Report on lock hospitals in British Burma
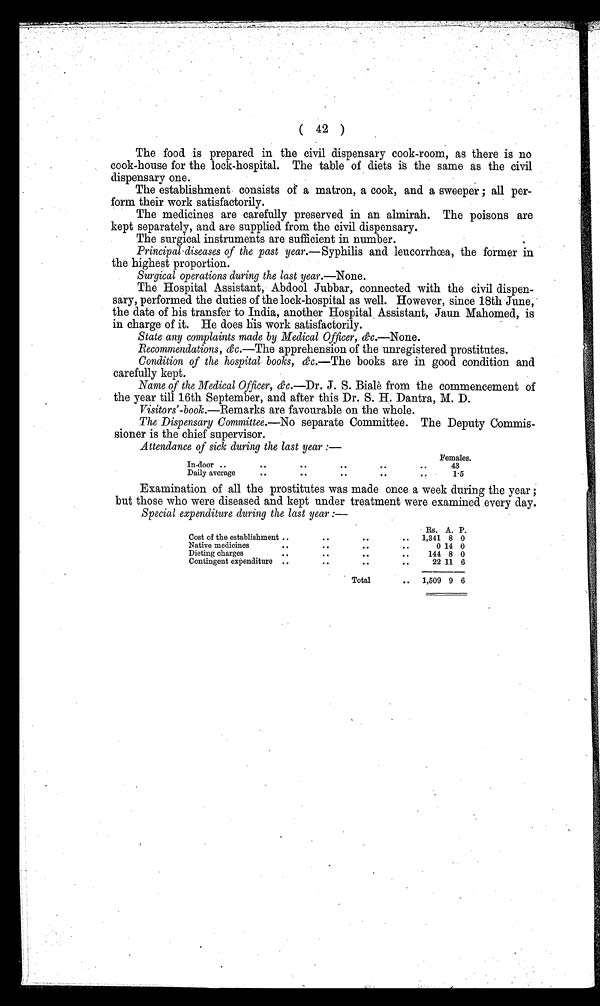
( 42 )
The food is prepared in the civil dispensary cook-room, as there is no
cook-house for the lock-hospital. The table of diets is the same as the civil
dispensary one.
The establishment consists of a matron, a cook, and a sweeper ; all per
form their work satisfactorily.
The medicines are carefully preserved in an almirah. The poisons are
kept separately, and are supplied from the civil dispensary.
The surgical instruments are sufficient in number.
Principal-diseases of the past year.—Syphilis and leucorrhœa, the former in
the highest proportion.
Surgical operations during the last year.—None.
The Hospital Assistant, Abdool Jubbar, connected with the civil dispen
sary, performed the duties of the lock-hospital as well. However, since 18th June,
the date of his transfer to India, another Hospital , Assistant, Jaun Mahomed, is
in charge of it. He does his work satisfactorily.
State any complaints made by Medical Officer, &c.—None.
Recommendations, &c.—The apprehension of the unregistered prostitutes.
Condition of the hospital books, &c .—The books are in good condition and
carefully kept.
Name of the Medical Officer, ch.—Dr. J. S. Biale from the commencement of
the year till 16th September, and after this Dr. S. H. Dantra, M. D.
Visitors' -book.--Remarks are favourable on the whole.
The Dispensary Committee.—No separate Committee. The Deputy Commis
sioner is the chief supervisor.
Attendance of sick during the last year :—
Females.
In-door ..
. .
. .
. .
. .
..
43
Daily average
. .
. .
. .
. .
..
1.5
Examination of all the prostitutes was made once a week during the year ;
but those who were diseased and kept under treatment were examined every day.
Special expenditure during the last year :—
Rs. A. P.
Cost of the establishment ..
. .
. .
..
1,341 8 0
Native medicines
. .
. .
. .
..
0 14 0
Dieting charges
..
. .
. .
..
144 8 0
Contingent expenditure ..
..
..
..
22 11 6
Total
..
1,509 9 6